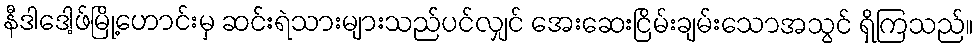
နီဒါဒေါ့ဖ်မြို့ဟောင်းမှ ဆင်းရဲသားများသည်ပင်လျှင် အေးဆေးငြိမ်းချမ်းသောအသွင် ရှိကြသည်။